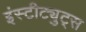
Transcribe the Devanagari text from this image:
इंस्टीट्युट्स